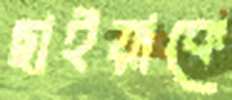
ছাইয়াকে